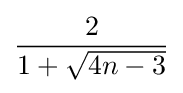
{\frac {2}{1+{\sqrt {4n-3}}}}